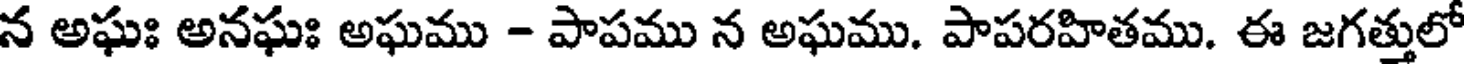
న అఘః అనఘః అఘము - పాపము న అఘము. పాపరహితము. ఈ జగత్తులో